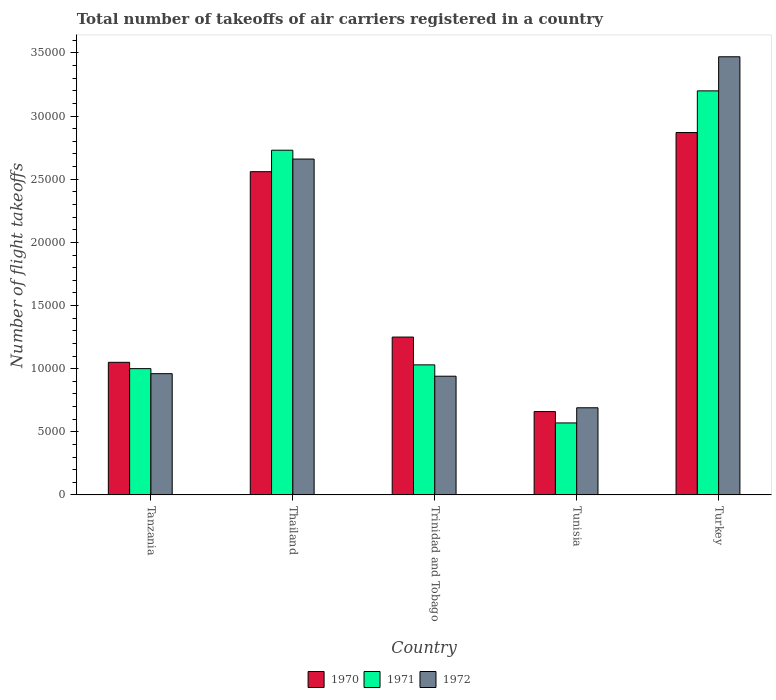
| Country | 1970 | 1971 | 1972 |
 | --- | --- | --- | --- |
 | Tanzania | 1.05e+04 | 1e+04 | 9.6e+03 |
 | Thailand | 2.56e+04 | 2.73e+04 | 2.66e+04 |
 | Trinidad and Tobago | 1.25e+04 | 1.03e+04 | 9.4e+03 |
 | Tunisia | 6.6e+03 | 5.7e+03 | 6.9e+03 |
 | Turkey | 2.87e+04 | 3.2e+04 | 3.47e+04 |